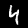
Digit: 4